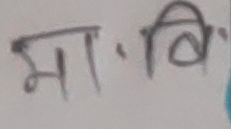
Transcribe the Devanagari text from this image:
मा. बि.